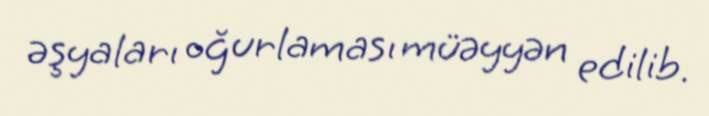
əşyaları oğurlaması müəyyən edilib.